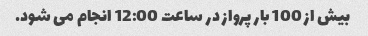
بیش از 100 بار پرواز در ساعت 12:00 انجام می شود.